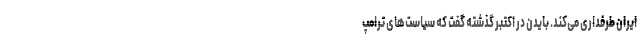
ایران طرفداری می‌کند. بایدن در اکتبر گذشته گفت که سیاست‌های ترامپ